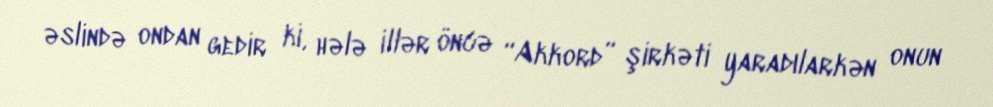
əslində ondan gedir ki, hələ illər öncə “Akkord” şirkəti yaradılarkən onun